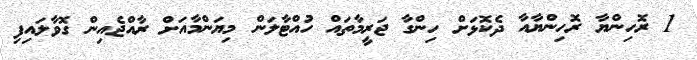
1 ރޮހިންޔާ ރޮހިންޔާއާ ދެކޮޅަށް ހިންގާ ޖަރީމާތައް ހުއްޓާލަން މިޔަންމާއަށް ރާއްޖެއިން ގޮވާލައިފި